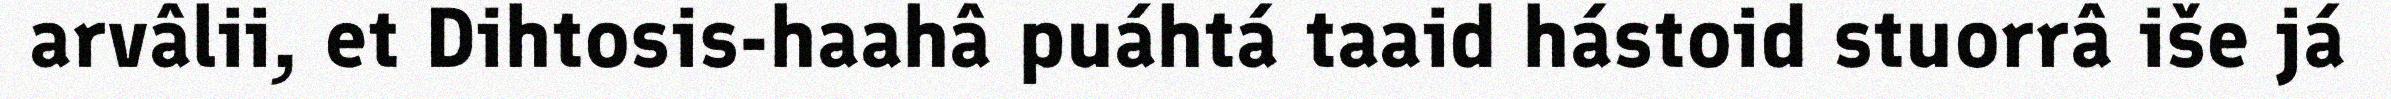
arvâlii, et Dihtosis-haahâ puáhtá taaid hástoid stuorrâ iše já